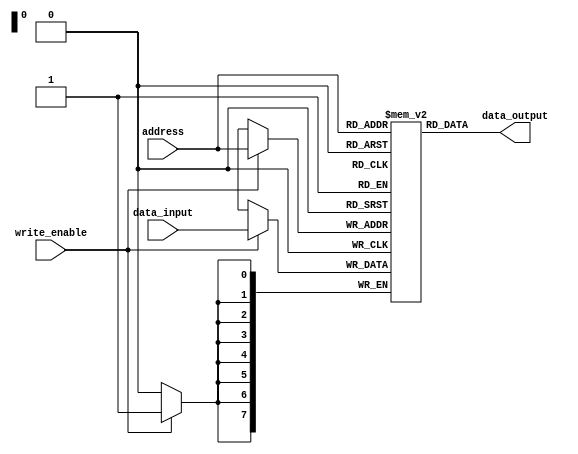
module prom (
    input [address_width-1:0] address,
    input [data_width-1:0] data_input,
    input write_enable,
    output reg [data_width-1:0] data_output
);

parameter address_width = 8;
parameter data_width = 8;
parameter mem_depth = 256; // 2^address_width

reg [data_width-1:0] memory [0:mem_depth-1];

always @ (posedge clock) begin
    if (write_enable) begin
        memory[address] <= data_input;
    end
end

always @ (*) begin
    data_output = memory[address];
end

endmodule